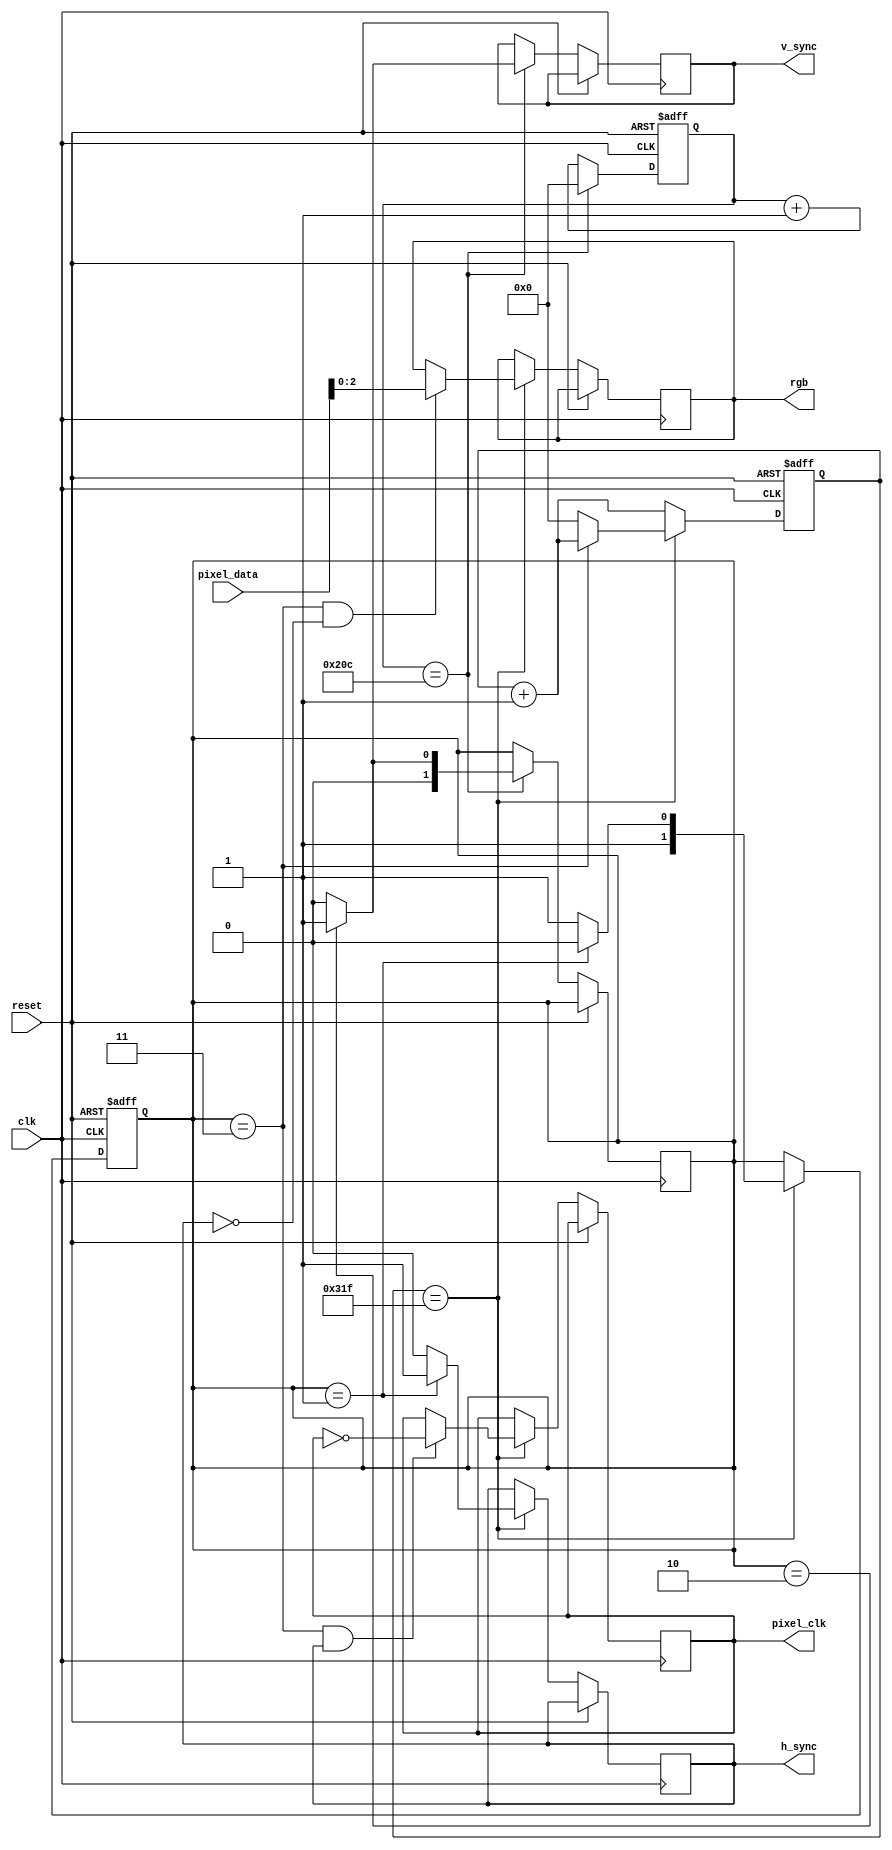
module VGA_controller(
    input clk,
    input reset,
    input [7:0] pixel_data,
    output reg h_sync,
    output reg v_sync,
    output reg pixel_clk,
    output reg [2:0] rgb
);

// Parameter definitions
parameter H_ACTIVE = 640;
parameter H_FRONT_PORCH = 16;
parameter H_SYNC_WIDTH = 96;
parameter H_BACK_PORCH = 48;
parameter V_ACTIVE = 480;
parameter V_FRONT_PORCH = 10;
parameter V_SYNC_WIDTH = 2;
parameter V_BACK_PORCH = 33;

// State definitions
parameter IDLE = 2'b00;
parameter H_SYNC = 2'b01;
parameter V_SYNC = 2'b10;
parameter DISPLAY = 2'b11;

// Internal signals
reg [9:0] h_counter;
reg [9:0] v_counter;
reg [1:0] state;

// Horizontal timing logic
always @(posedge clk or posedge reset) begin
    if (reset) begin
        h_counter <= 0;
        state <= IDLE;
    end else begin
        if (h_counter == H_ACTIVE + H_FRONT_PORCH + H_SYNC_WIDTH + H_BACK_PORCH - 1) begin
            h_counter <= 0;
            if (state == H_SYNC) begin
                h_sync <= 1;
            end else begin
                h_sync <= 0;
            end
            if (state == DISPLAY && h_sync) begin
                pixel_clk <= ~pixel_clk;
            end
            if (state == DISPLAY && ~h_sync) begin
                rgb <= pixel_data;
            end
            if (state == DISPLAY) begin
                h_counter <= h_counter + 1;
            end
            if (state == H_SYNC) begin
                state <= V_SYNC;
            end else begin
                state <= DISPLAY;
            end
        end else begin
            h_counter <= h_counter + 1;
        end
    end
end

// Vertical timing logic
always @(posedge clk or posedge reset) begin
    if (reset) begin
        v_counter <= 0;
    end else begin
        if (v_counter == V_ACTIVE + V_FRONT_PORCH + V_SYNC_WIDTH + V_BACK_PORCH - 1) begin
            v_counter <= 0;
            if (state == V_SYNC) begin
                v_sync <= 1;
            end else begin
                v_sync <= 0;
            end
            if (state == V_SYNC) begin
                state <= H_SYNC;
            end else begin
                state <= IDLE;
            end
        end else begin
            v_counter <= v_counter + 1;
        end
    end
end

endmodule